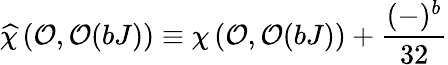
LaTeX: \widehat{\chi}\left({\cal O},{\cal O}(bJ)\right)\equiv\chi\left({\cal O},{\cal O}(bJ)\right)+{\frac{(-)^{b}}{32}}